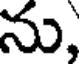
ను,